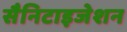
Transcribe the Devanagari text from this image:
सैनिटाइजेशन